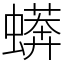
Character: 蠎